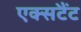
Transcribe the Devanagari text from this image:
एक्सटैंट